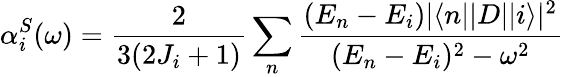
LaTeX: \alpha_{i}^{S}(\omega)=\frac{2}{3(2J_{i}+1)}\sum_{n}\frac{(E_{n}-E_{i})|\langle n||D||i\rangle|^{2}}{(E_{n}-E_{i})^{2}-\omega^{2}}